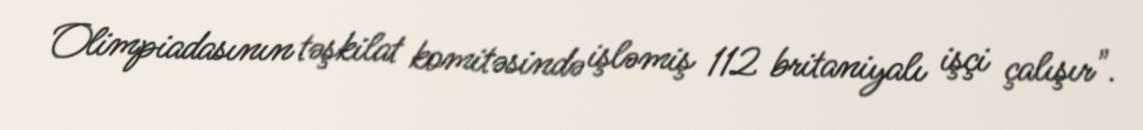
Olimpiadasının təşkilat komitəsində işləmiş 112 britaniyalı işçi çalışır".